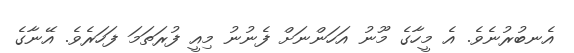
އެނބުރުނެވެ. އެ މީހާގެ މޫނު އަހަންނަށް ފެނުނު މިއީ ފުރަތަމަ ފަހަރެވެ. އޭނާގެ